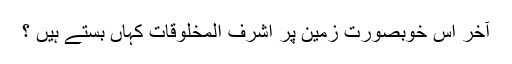
آخر اس خوبصورت زمین پر اشرف المخلوقات کہاں بستے ہیں ؟